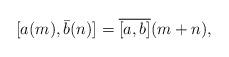
LaTeX: \begin{align*}[a(m), \bar{b}(n)] = \overline{[a,b]}(m+n),\end{align*}